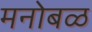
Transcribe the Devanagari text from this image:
मनोबळ